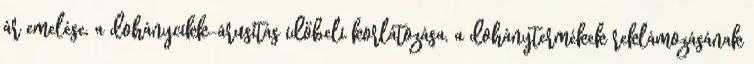
ár emelése, a dohánycikk-árusítás időbeli korlátozása, a dohánytermékek reklámozásának